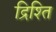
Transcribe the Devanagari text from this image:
द्रिश्ति